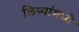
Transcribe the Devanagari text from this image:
लिप्यांमध्ये